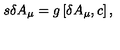
s \delta A _ { \mu } = g \left[ \delta A _ { \mu } , c \right] ,